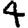
Digit: 4